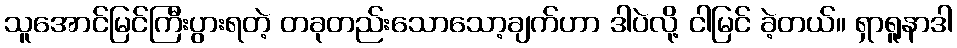
သူအောင်မြင်ကြီးပွားရတဲ့ တခုတည်းသောသော့ချက်ဟာ ဒါပဲလို့ ငါမြင် ခဲ့တယ်။ ရှာရူနာဒါ